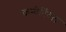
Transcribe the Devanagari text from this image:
कन्वेर्टिवल